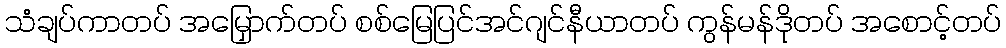
သံချပ်ကာတပ် အမြှောက်တပ် စစ်မြေပြင်အင်ဂျင်နီယာတပ် ကွန်မန်ဒိုတပ် အစောင့်တပ်